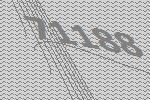
71188